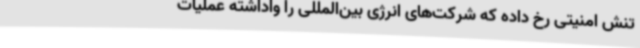
تنش امنیتی رخ داده که شرکت‌های انرژی بین‌المللی را واداشته عملیات